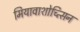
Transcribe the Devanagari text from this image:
मियावाशोच्त्सिन